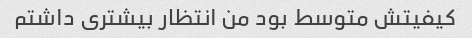
کیفیتش متوسط بود من انتظار بیشتری داشتم